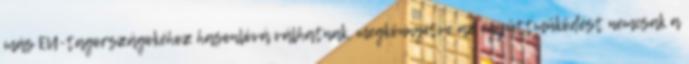
más EU-tagországokéhoz hasonlóvá válhatnak, megkönnyítve az együttműködést nemcsak a